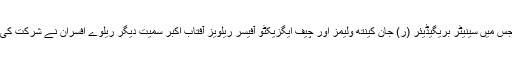
جس میں سینیٹر بریگیڈیئر (ر) جان کینتھ ولیمز اور چیف ایگزیکٹو آفیسر ریلویز آفتاب اکبر سمیت دیگر ریلوے افسران نے شرکت کی۔